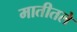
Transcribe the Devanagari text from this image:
मातीतले